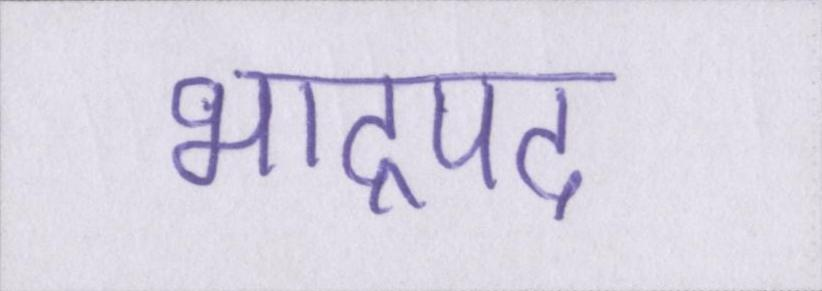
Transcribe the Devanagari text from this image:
भाद्रपद